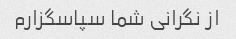
از نگرانی شما سپاسگزارم